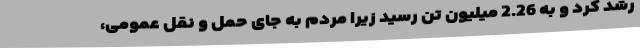
رشد کرد و به 2.26 میلیون تن رسید زیرا مردم به جای حمل و نقل عمومی،